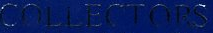
COLLECTORS